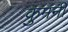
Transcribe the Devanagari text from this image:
कुमनी